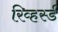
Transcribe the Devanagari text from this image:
रिव्हर्स्ड